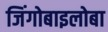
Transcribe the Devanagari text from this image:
जिंगोबाइलोबा